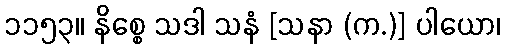
၁၁၅၃။ နိစ္စေ သဒါ သနံ [သနာ (က.)] ပါယော၊